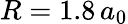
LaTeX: R=1.8\, a_{0}